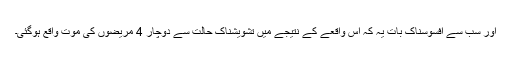
اور سب سے افسوسناک بات یہ کہ اس واقعے کے نتیجے میں تشویشناک حالت سے دوچار 4 مریضوں کی موت واقع ہوگئی۔